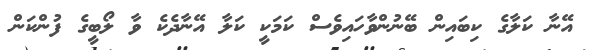
އޭނާ ކަލާގެ ކިބައިން ބޭނުންވާހައިވެސް ކަމަކީ ކަލާ އޭނާދެކެ ވާ ލޯބީގެ ފުންކަން